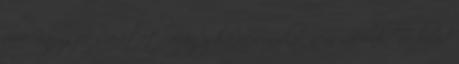
évre Kényszer szeretet, avagy karácsonykor nem válunk Te bírod